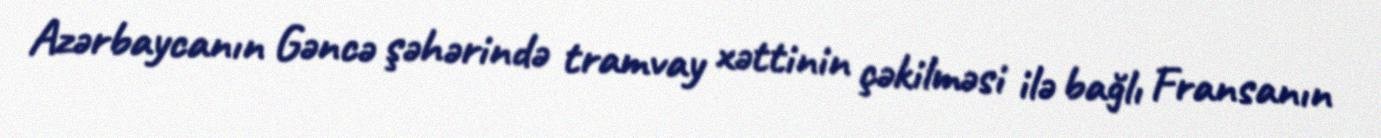
Azərbaycanın Gəncə şəhərində tramvay xəttinin çəkilməsi ilə bağlı Fransanın